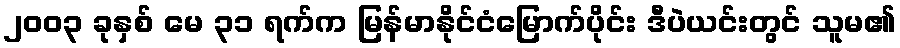
၂၀၀၃ ခုနှစ် မေ ၃၁ ရက်က မြန်မာနိုင်ငံမြောက်ပိုင်း ဒီပဲယင်းတွင် သူမ၏